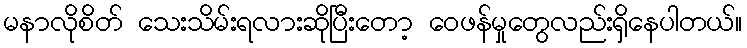
မနာလိုစိတ် သေးသိမ်းရလားဆိုပြီးတော့ ဝေဖန်မှုတွေလည်းရှိနေပါတယ်။